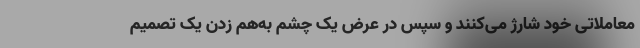
معاملاتی خود شارژ می‌کنند و سپس در عرض یک چشم به‌هم زدن یک تصمیم